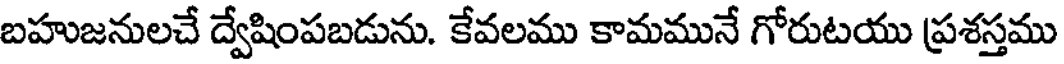
బహుజనులచే ద్వేషింపబడును. కేవలము కామమునే గోరుటయు ప్రశస్తము